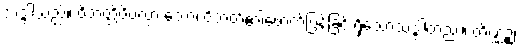
သဒ္ဒါသည်။ ဝိဘတ္တိပိပလ္လာ သော၊ ဝိဘတ်၏ဖောက်ပြန်ခြင်းရှိသောသဒ္ဒါတည်း။ တိဏ္ဏဉ္စ၊